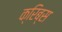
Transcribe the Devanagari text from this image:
क्रिब्स